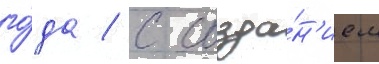
го́да / с созда́н'ием